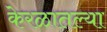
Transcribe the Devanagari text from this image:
केरळातल्या